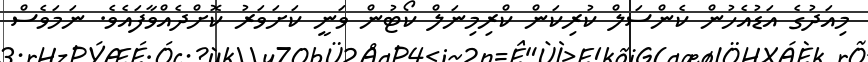
މިއަދުގެ އަޑުއެހުން ކެންސަލް ކުރިކަން ކްރިމިނަލް ކޯޓުން ވަނީ ކަށަވަރު ކޮށްދެއްވާފައެވެ. ނަމަވެސް